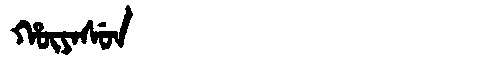
Manchu: ᡥᡡᠶᠠᠰᡠᠨ
Romanization: HŪYASUN